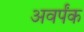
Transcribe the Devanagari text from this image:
अवर्पंक